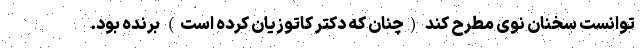
توانست سخنان نوی مطرح کند (چنان که دکتر کاتوزیان کرده است) برنده بود.